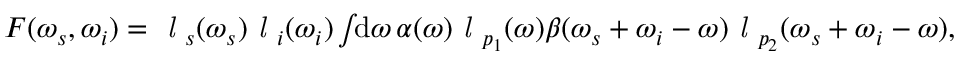
\begin{array} { r } { F ( \omega _ { s } , \omega _ { i } ) = \textit { l } _ { s } ( \omega _ { s } ) \textit { l } _ { i } ( \omega _ { i } ) \int \! \! \mathrm { d } \omega \, \alpha ( \omega ) \textit { l } _ { p _ { 1 } } ( \omega ) \beta ( \omega _ { s } + \omega _ { i } - \omega ) \textit { l } _ { p _ { 2 } } ( \omega _ { s } + \omega _ { i } - \omega ) , } \end{array}